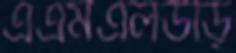
এএমএলউড়ি